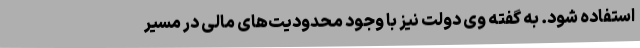
استفاده شود. به گفته وی دولت نیز با وجود محدودیت‌های مالی در مسیر